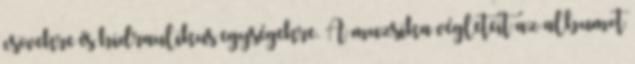
csövekre és hidraulikus egységekre. A muzsika végleteit az albumot